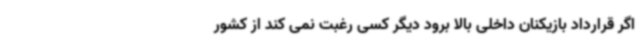
اگر قرارداد بازیکنان داخلی بالا برود دیگر کسی رغبت نمی کند از کشور